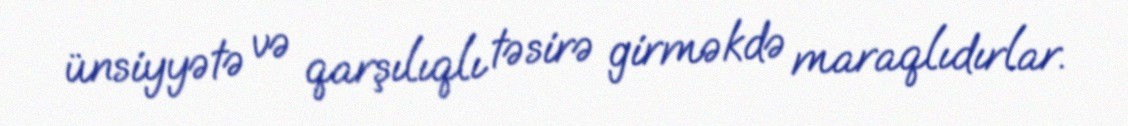
ünsiyyətə və qarşılıqlı təsirə girməkdə maraqlıdırlar.